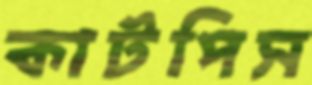
কাটপিস